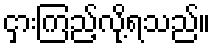
ငှားကြည့်လို့ရသည်။